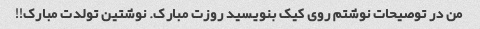
من در توصیحات نوشتم روی کیک بنویسید روزت مبارک. نوشتین تولدت مبارک!!